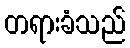
တရားခံသည်